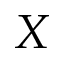
X